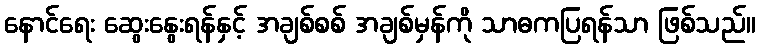
နောင်ရေး ဆွေးနွေးရန်နှင့် အချစ်စစ် အချစ်မှန်ကို သာဓကပြရန်သာ ဖြစ်သည်။